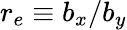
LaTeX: r_{e}\equiv b_{x}/b_{y}